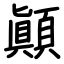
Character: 顚